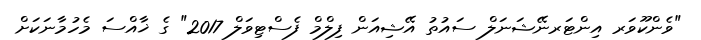
"ވެންކޫވަރ އިންޓަރނޭޝަނަލް ސައުތު އޭޝިއަން ފިލްމް ފެސްޓިވަލް 2017" ގެ ޚާއްސަ މެހުމާނަކަށް